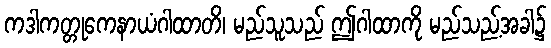
ကဒါကတ္တုကေနာယံဂါထာတိ၊ မည်သူသည် ဤဂါထာကို မည်သည့်အခါ၌